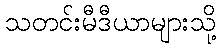
သတင်းမီဒီယာများသို့